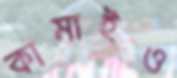
কামাইও